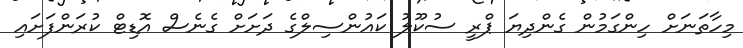
މިހާތަނަށް ހިންގަމުން ގެންދިޔަ ޕްރީ ސުކޫލު ކައުންސިލްގެ ދަށަށް ގެނެސް އޮޑިޓް ކުރަންފަށައި